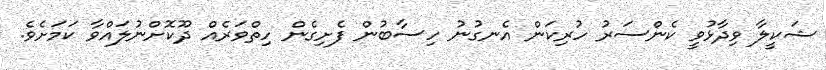
ޝަކީލާ ވިދާޅުވީ ކެންސަރު ހުރިކަން އެނގުނު ހިސާބުން ފެށިގެން ހިތްވަރެއް ދޫކޮށްނުލައްވާ ކަމަށެވެ.